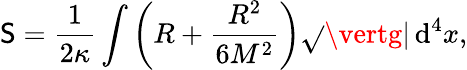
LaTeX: \mathsf{S}={\frac{{1}}{{2\kappa}}}\int\left(R+{\frac{{R^{2}}}{{6M^{2}}}}\right){\sqrt{}{{\vertg\vert}}}\, \mathrm{{d}}^{4}x,